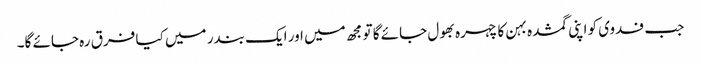
جب فدوی کو اپنی گمشدہ بہن کا چہرہ بھول جائے گا تو مجھ میں اور ایک بندر میں کیا فرق رہ جائے گا۔